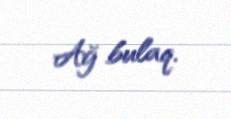
Ağ bulaq.